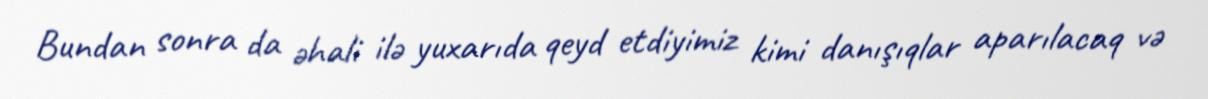
Bundan sonra da əhali ilə yuxarıda qeyd etdiyimiz kimi danışıqlar aparılacaq və